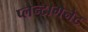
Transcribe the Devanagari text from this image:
प्लैन्टागेनेट